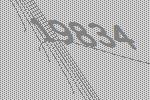
19834